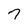
Character: 7